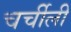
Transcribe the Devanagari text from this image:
चर्चीली